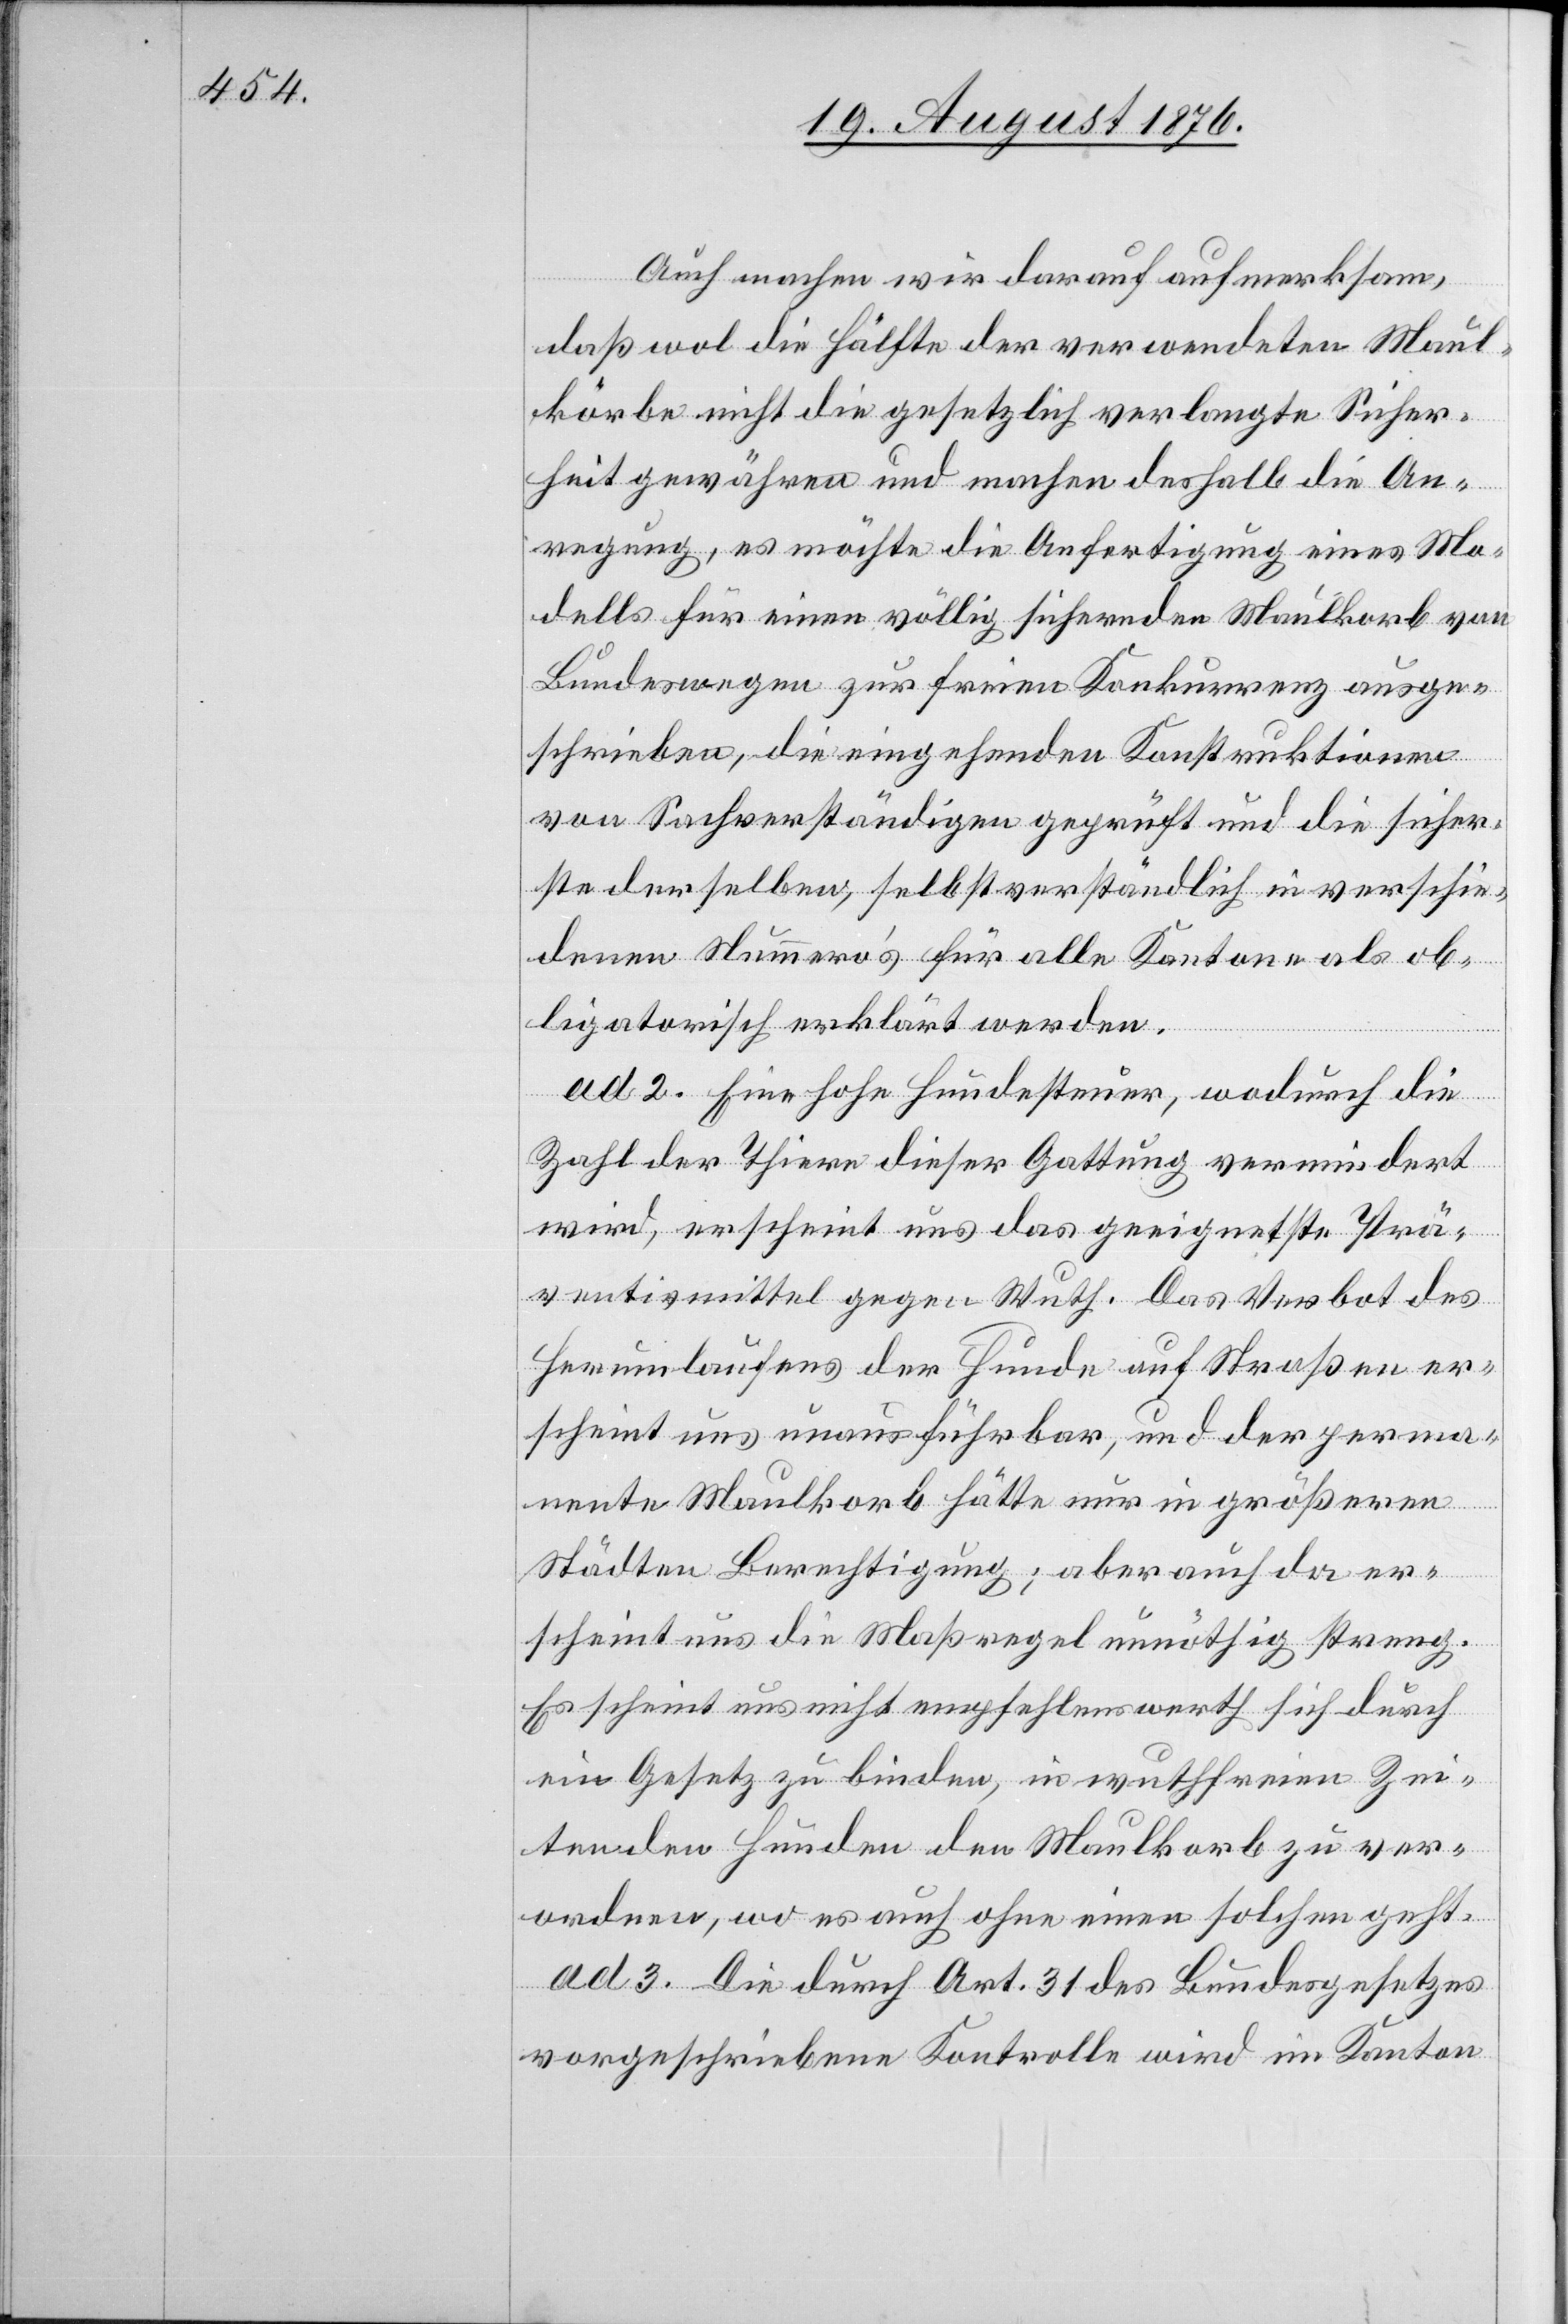
Auch machen wir darauf aufmerksam,
daß wol die Hälfte der verwendeten Maul¬
körbe nicht die gesetzlich verlangte Sicher¬
heit gewähren und machen deshalb die An¬
regung, es möchte die Anfertigung eines Mo¬
dells für einen völlig sichernden Maulkorb von
Bundeswegen zur feien Konkurrenz ausge¬
schrieben, die eingehenden Konstruktionen
von Sachverständigen geprüft und die sicher¬
ste derselben, selbstverständlich in verschie¬
denen Nummero’s für alle Kantone als ob¬
ligatorisch erklärt werden.
ad 2. Eine hohe Hundesteuer, wodurch die
Zahl der Thiere dieser Gattung vermindert
wird, erscheint uns das geeignetste Prä¬
ventivmittel gegen Wuth. Das Verbot des
Herumlaufens der Hunde auf Straßen er¬
scheint uns unausführbar, und der perma¬
nente Maulkorb hätte nur in größeren
Städten Berechtigung; aber auch da er¬
scheint uns die Maßregel unnöthig streng.
Es scheint uns nicht empfehlenswerth sich durch
ein Gesetz zu binden, in wuthfreien Ze¬
iten den Hunden den Maulkorb zu ver¬
ordnen, wo es auch ohne einen solchen geht.
ad 3. Die durch Art. 31 des Bundesgesetzes
vorgeschriebene Kontrolle wird im Kanton